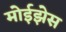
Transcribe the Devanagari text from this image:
मोईझेस